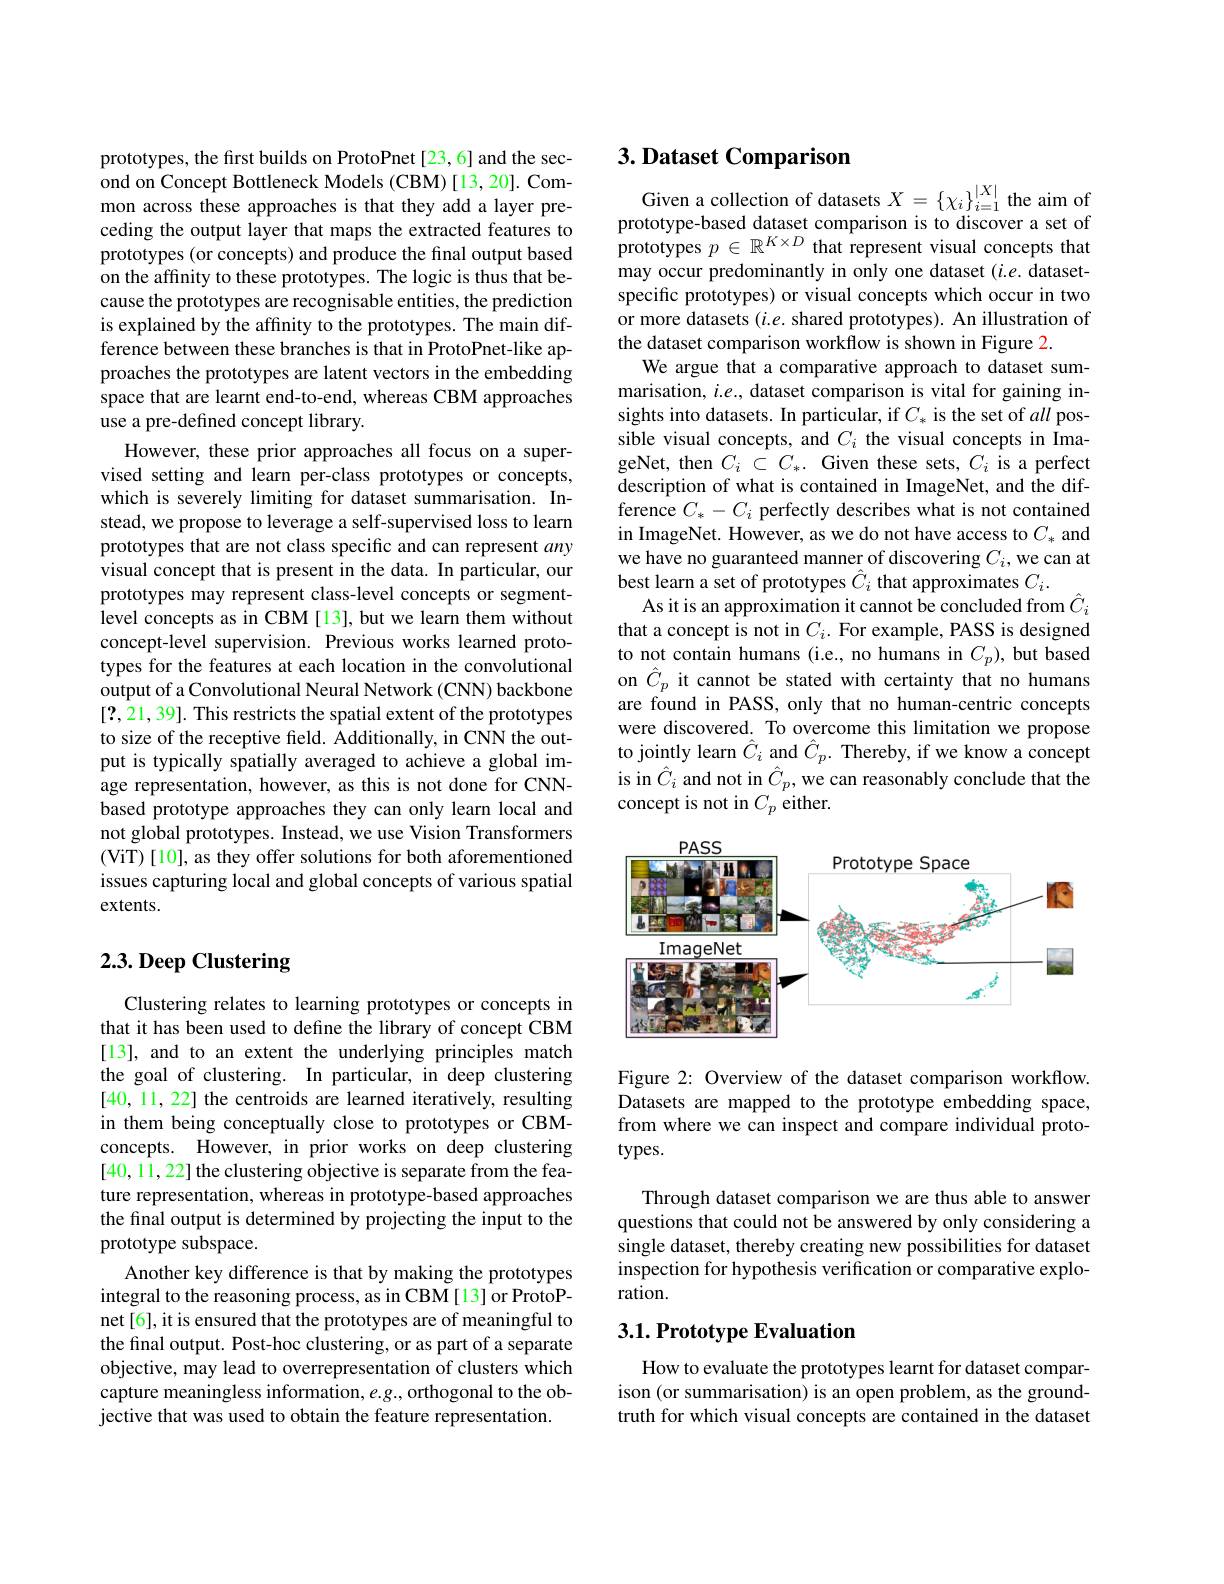
prototypes, the first builds on ProtoPnet[23,6] and the second on Concept Bottleneck Models (CBM)[13,20]. Common across these approaches is that they add a layer preceding the output layer that maps the extracted features to prototypes (or concepts) and produce the final output based on the affinity to these prototypes. The logic is thus that because the prototypes are recognisable entities, the prediction is explained by the affinity to the prototypes. The main difference between these branches is that in ProtoPnet-like approaches the prototypes are latent vectors in the embedding space that are learnt end-to-end, whereas CBM approaches use a pre-defined concept library.
However, these prior approaches all focus on a supervised setting and learn per-class prototypes or concepts, which is severely limiting for dataset summarisation. Instead, we propose to leverage a self-supervised loss to learn prototypes that are not class specific and can represent any visual concept that is present in the data. In particular, our prototypes may represent class-level concepts or segmentlevel concepts as in CBM [13], but we learn them without concept-level supervision. Previous works learned prototypes for the features at each location in the convolutional output of a Convolutional Neural Network (CNN) backbone [?,21,39]. This restricts the spatial extent of the prototypes to size of the receptive field. Additionally, in CNN the output is typically spatially averaged to achieve a global image representation, however, as this is not done for CNNbased prototype approaches they can only learn local and not global prototypes. Instead, we use Vision Transformers (ViT) [10], as they offer solutions for both aforementioned issues capturing local and global concepts of various spatial extents.

## 2.3. Deep Clustering

Clustering relates to learning prototypes or concepts in that it has been used to define the library of concept CBM [13], and to an extent the underlying principles match the goal of clustering. In particular, in deep clustering [40,11,22] the centroids are learned iteratively, resulting in them being conceptually close to prototypes or CBMconcepts. However, in prior works on deep clustering [40,11,22] the clustering objective is separate from the feature representation, whereas in prototype-based approaches the final output is determined by projecting the input to the prototype subspace.
Another key difference is that by making the prototypes integral to the reasoning process, as in CBM[13] or ProtoPnet[6], it is ensured that the prototypes are of meaningful to the final output. Post-hoc clustering, or as part of a separate objective, may lead to overrepresentation of clusters which capture meaningless information, $e.g.$, orthogonal to the objective that was used to obtain the feature representation.

## $3. \textbf{Dataset Comparison}$

Given a collection of datasets $X=\{\chi_i\}_{i=1}^{|X|}$ the aim of prototype-based dataset comparison is to discover a set of prototypes $p\in\mathbb{R}^{K\times D}$ that represent visual concepts that may occur predominantly in only one dataset $(i.e.$ datasetspecific prototypes) or visual concepts which occur in two or more datasets $(i.e.$ shared prototypes). An illustration of the dataset comparison workflow is shown in Figure 2.
We argue that a comparative approach to dataset summarisation, $i.e.$, dataset comparison is vital for gaining insights into datasets. In particular, if $C_*$ is the set of all possible visual concepts, and $C_i$ the visual concepts in ImageNet, then $C_i\subset C_*.$ Given these sets, $C_i$ is a perfect description of what is contained in ImageNet, and the difference $C_*-C_i$ perfectly describes what is not contained in ImageNet. However, as we do not have access to $C_*$ and we have no guaranteed manner of discovering $C_i$, we can at best learn a set of prototypes $\hat{C}_i$ that approximates $C_i.$
As it is an approximation it cannot be concluded from $\hat{C}_i$ that a concept is not in $C_i.$ For example, PASS is designed to not contain humans (i.e., no humans in $C_p)$, but based on $\hat{C}_p$ it cannot be stated with certainty that no humans are found in PASS, only that no human-centric concepts were discovered. To overcome this limitation we propose to jointly learn $\hat{C}_i$ and $\hat{C}_p.$ Thereby, if we know a concept is in $\hat{C}_i$ and not in $\hat{C}_p$, we can reasonably conclude that the concept is not in $C_p$ either.

<FigureHere>

Figure 2: Overview of the dataset comparison workflow. Datasets are mapped to the prototype embedding space, from where we can inspect and compare individual proto- $types.$

Through dataset comparison we are thus able to answer questions that could not be answered by only considering a single dataset, thereby creating new possibilities for dataset inspection for hypothesis verification or comparative exploration.

## $3. 1. \textbf{Prototype Evaluation}$

How to evaluate the prototypes learnt for dataset comparison (or summarisation) is an open problem, as the groundtruth for which visual concepts are contained in the dataset